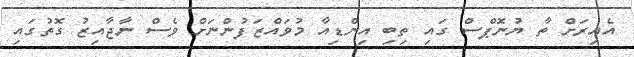
އެއިރަށް ތާ ޔުނޮޕްސް ގައި ތިބި އިންޑިއާ މުވައްޒަފުންނަށް ވެސް ނާޖާއިޒު ގޮތުގައި